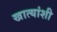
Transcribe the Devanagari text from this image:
खात्यांशी